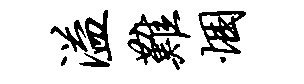
溢难悃